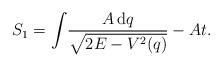
LaTeX: \begin{align*} S_1=\int\!\frac{A\,{\rm d}q}{\sqrt{2E-V^2(q)}}-At.\end{align*}